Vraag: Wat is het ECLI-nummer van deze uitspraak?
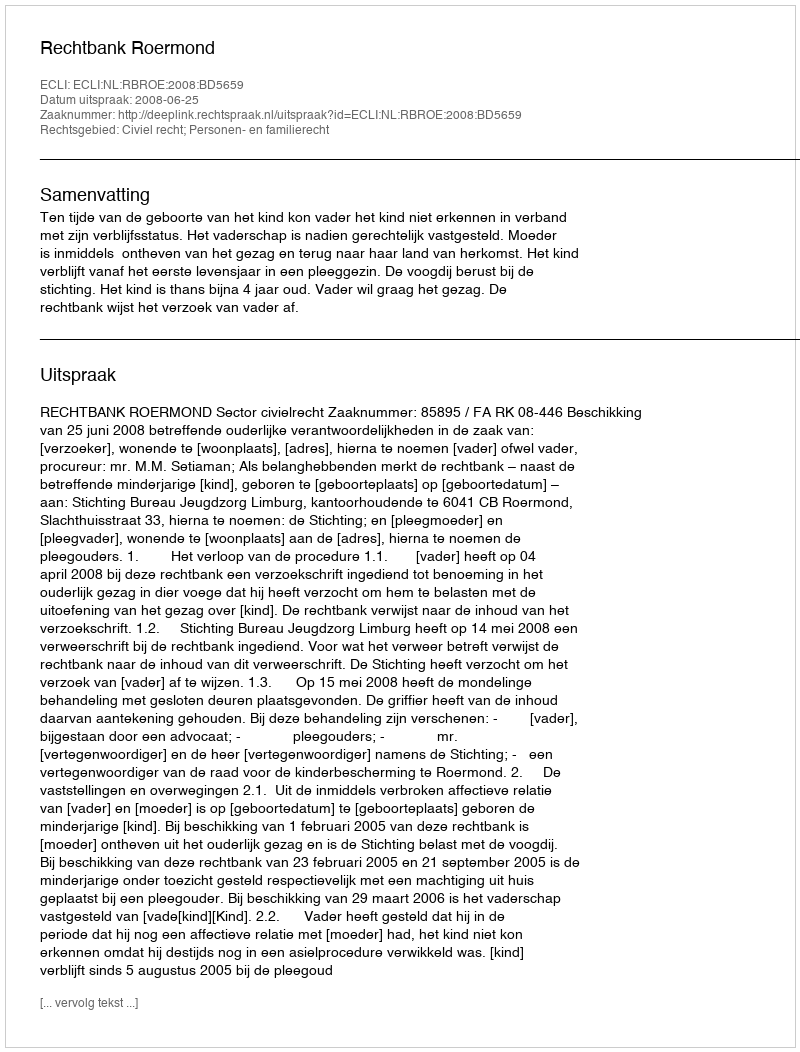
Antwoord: ECLI:NL:RBROE:2008:BD5659